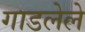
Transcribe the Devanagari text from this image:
गाडलेले